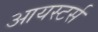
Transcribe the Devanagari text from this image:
आयस्टर्स